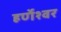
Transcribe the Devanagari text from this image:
हर्णेश्वर